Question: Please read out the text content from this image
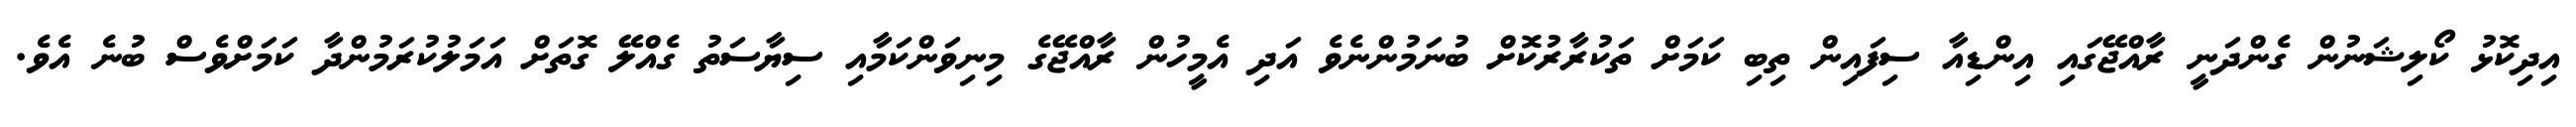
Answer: އިދިކޮޅު ކޯލިޝަނުން ގެންދަނީ ރާއްޖޭގައި އިންޑިއާ ސިފައިން ތިބި ކަމަށް ތަކުރާރުކޮށް ބުނަމުންނެވެ އަދި އެމީހުން ރާއްޖޭގެ މިނިވަންކަމާއި ސިޔާސަތު ގެއްލޭ ގޮތަށް އަމަލުކުރަމުންދާ ކަމަށްވެސް ބުނެ އެވެ.